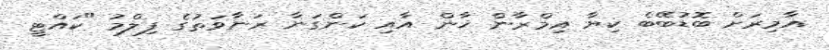
އާމިރަށް ބޮޑުބޭބެ ކިޔާ އިމްރާން ޚާން އާއި ކަންގަނާ ރަނާވަތުގެ ފިލްމު "ކައްޓީ